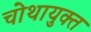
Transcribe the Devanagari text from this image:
चोथायुक्त